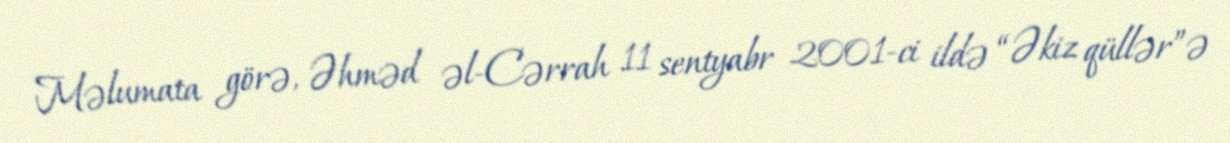
Məlumata görə, Əhməd əl-Cərrah 11 sentyabr 2001-ci ildə “Əkiz qüllər”ə